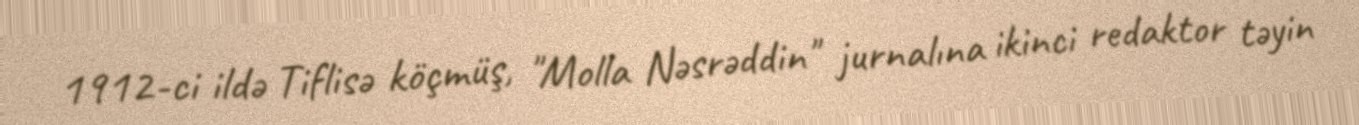
1912-ci ildə Tiflisə köçmüş, "Molla Nəsrəddin" jurnalına ikinci redaktor təyin